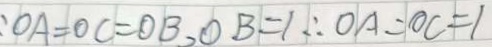
: O A = O C = O B , O B = 1 \therefore O A = O C = 1